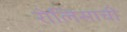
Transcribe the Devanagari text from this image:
रोलिसाची